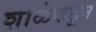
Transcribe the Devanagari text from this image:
शाळेकडून